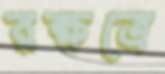
রক্ষত্রে